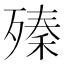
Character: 殝